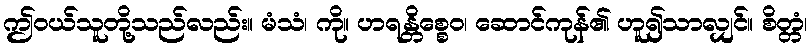
ဤဝယ်သူတို့သည်လည်း။ မံသံ၊ ကို။ ဟရန္တိစ္စေဝ၊ ဆောင်ကုန်၏ ဟူ၍သာလျှင်။ စိတ္တံ၊